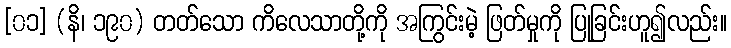
[၀၁] (နိ၊ ၁၉၀) တတ်သော ကိလေသာတို့ကို အကြွင်းမဲ့ ဖြတ်မှုကို ပြုခြင်းဟူ၍လည်း။